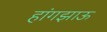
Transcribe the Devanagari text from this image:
हांगझाऊ